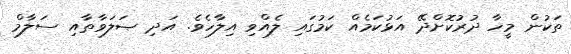
ތަކުން މީހާ ދުރުކޮށްދޭ އަޅުކަމެއް ކަމުގައި ލެއްވި އިލާހެވެ. އަދި ޞަލަވާތާއި ސަލާމް